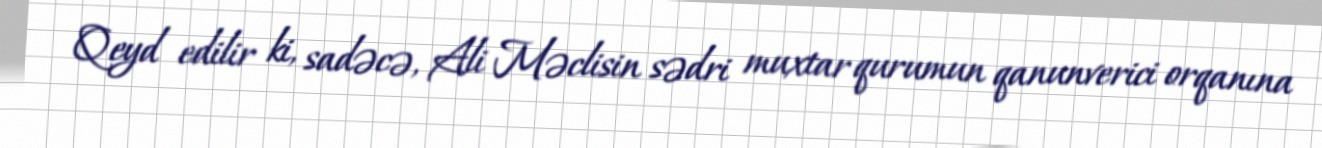
Qeyd edilir ki, sadəcə, Ali Məclisin sədri muxtar qurumun qanunverici orqanına